Leaving Certificate Examination, 1904
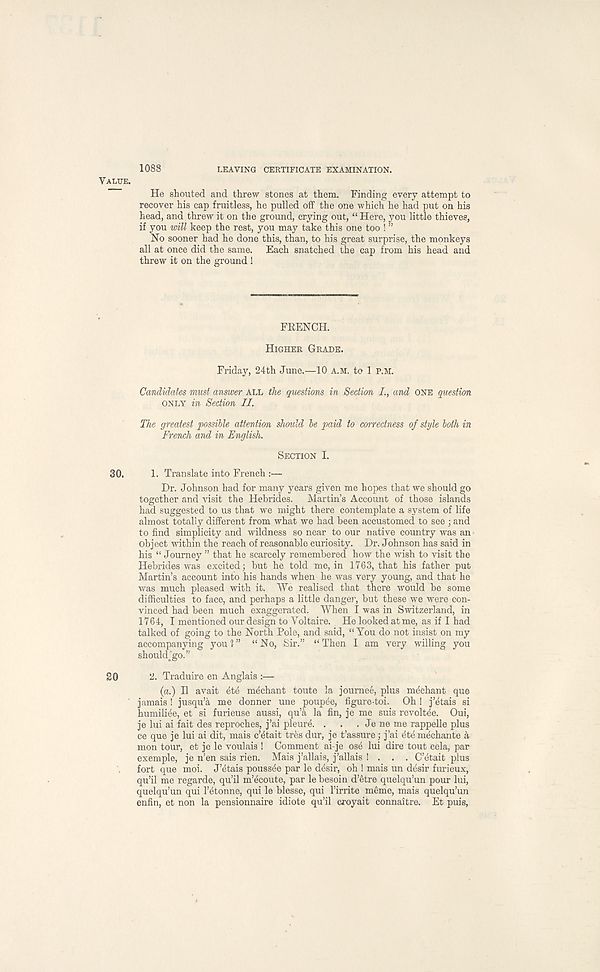
1088
LEAVING CERTIFICATE EXAMINATION.
VALUE.
He shouted and threw stones at them. Finding every attempt to
recover his cap fruitless, he pulled off the one which he had put on his
head, and threw it on the ground, crying out, “ Here, you little thieves,
if you will keep the rest, you may take this one too ! ”
No sooner had he done this, than, to his great surprise, the monkeys
all at once did the same. Each snatched the cap from his head and
threw it on the ground !
FRENCH.
HIGHER GRADE.
Friday, 24th June.—10 A.M. to 1 P.M.
Candidates must answer ALL the questions in Section I., and ONE question
ONLY in Section II.
The greatest possible attention should be paid to correctness of style both in
French and in English.
SECTION I.
30.
1. Translate into French :—
Dr. Johnson had for many years given me hopes that we should go
together and visit the Hebrides.
Martin’s Account of those islands
had suggested to us that we might there contemplate a system of life
almost totally different from what we had been accustomed to see j and
to find simplicity and wildness so near to our native country was an
object within the reach of reasonable curiosity. Dr. Johnson has said in
his “ Journey ” that he scarcely remembered how the wish to visit the
Hebrides was excited; but he told me, in 1763, that his father put
Martin’s account into his hands when he was very young, and that he
was much pleased with it. We realised that there would be some
difficulties to face, and perhaps a little danger, but these we were con-
vinced had been much exaggerated. When I was in Switzerland, in
1764, I mentioned our design to Voltaire. He looked at me, as if I had
talked of going to the North Pole, and said, “ You do not insist on my
accompanying you?” “No, Sir.” “Then I am very willing you
should jgo.”
20
2. Traduire en Anglais :—
{a.) II avait
mechant toute la journee, plus mechant que
jamais ! jusqu’a me donner une poupee, figure-toi. Oh ! j’etais si
humiliee, et si furieuse aussi, qu’£ la fin, je me suis revoltee. Oui,
je lui ai fait des reproches, j’ai pleurA .
. . Je ne me rappelle plus
ce que je lui ai dit, mais c’4tait tres dur, je t’assure; j’ai ete mechante a
mon tour, et je le voulais ! Comment ai-je os4 lui dire tout cela, par
exemple, je n’en sais rien. Mais j’allais, j’allais ! . . . C’etait plus
fort que moi. J’^tais pouss^e par le desir, oh ! mais un desir furieux,
qu’il me regarde, qu’il m’dcoute, par le besoin d’etre quelqu’un pour lui,
quelqu’un qui I’^tonne, qui le blesse, qui 1’irrite meme, mais quelqu’un
enfin, et non la pensionnaire idiote qu’il croyait connaitre. Et puis,